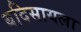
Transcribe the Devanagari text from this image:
बदिसायला